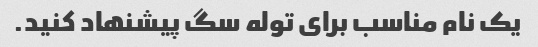
یک نام مناسب برای توله سگ پیشنهاد کنید.